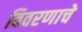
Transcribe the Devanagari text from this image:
विवरणाचे